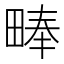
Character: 𪽙